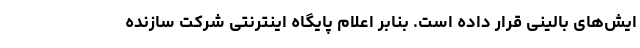
ایش‌های بالینی قرار داده است. بنابر اعلام پایگاه اینترنتی شرکت سازنده